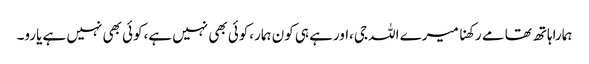
ہماراہاتھ تھامے رکھنا میرے اللہ جی،اورہے ہی کون ہمار،کوئی بھی نہیں ہے،کوئی بھی نہیں ہے یارو۔